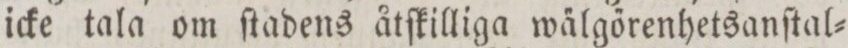
icke tala om ſtadens åtſkilliga wa̋lgőrenhetsanſtal=